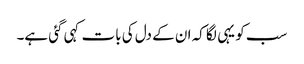
سب کو یہی لگا کہ ان کے دل کی بات کہی گئی ہے۔